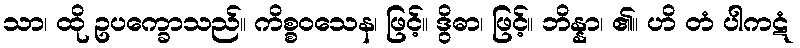
သာ၊ ထို ဥပက္ခောသည်။ ကိစ္စဝသေန၊ ဖြင့်။ ဒွိဓာ၊ ဖြင့်။ ဘိန္နာ၊ ၏။ ဟိ တံ ပါကဋံ